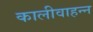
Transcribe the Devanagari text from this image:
कालीवाहन्न